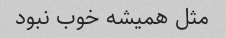
مثل همیشه خوب نبود